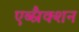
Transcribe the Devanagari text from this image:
एब्स्रैक्शन